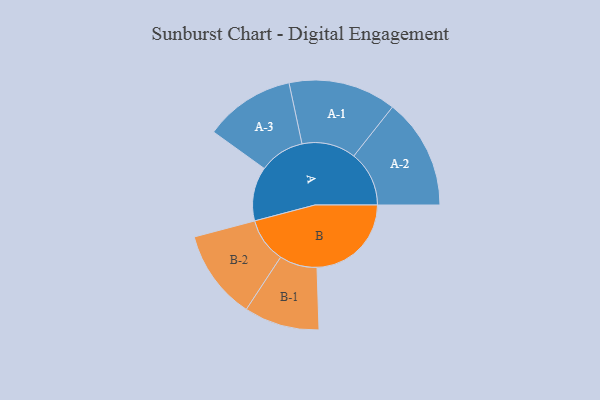
{"axis": {"x": "Segment", "y": "Value"}, "legend": ["", "A", "B"], "data": [{"x": "A", "y": 273, "type": ""}, {"x": "B", "y": 476, "type": ""}, {"x": "A-1", "y": 272, "type": "A"}, {"x": "A-2", "y": 279, "type": "A"}, {"x": "A-3", "y": 228, "type": "A"}, {"x": "B-1", "y": 190, "type": "B"}, {"x": "B-2", "y": 226, "type": "B"}]}